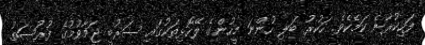
ފަހިކުރާނެ ކަމެކެވެ. ހަކުރު ބަލި ހުންނަ މީހުންގެ ލޭހޮޅިތަކުގައި ސަރުބީ ޖަމާވުމުގެ ފުރުޞަތު